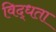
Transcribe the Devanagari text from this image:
विद्धता